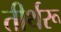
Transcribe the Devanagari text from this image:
तीर्थरू